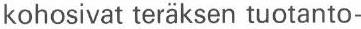
kohosivat teräksen tuotanto-